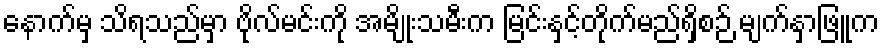
နောက်မှ သိရသည်မှာ ဗိုလ်မင်းကို အမျိုးသမီးက မြင်းနှင့်တိုက်မည်ရှိစဉ် မျက်နှာဖြူက